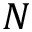
N